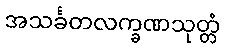
အသင်္ခတလက္ခဏသုတ္တံ